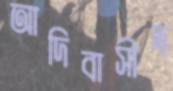
আদিবাসীদ